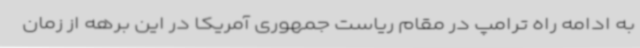
به ادامه راه ترامپ در مقام ریاست جمهوری آمریکا در این برهه از زمان